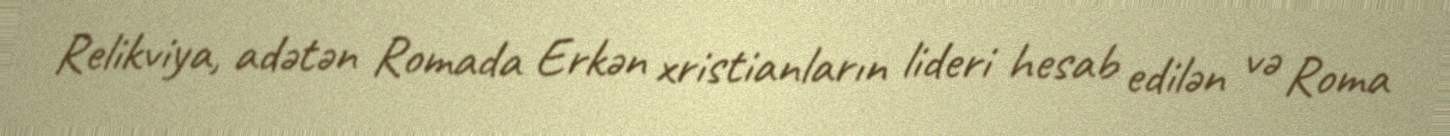
Relikviya, adətən Romada Erkən xristianların lideri hesab edilən və Roma